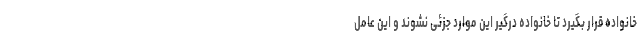
خانواده قرار بگیرد تا خانواده درگیر این موارد جزئی نشوند و این عامل